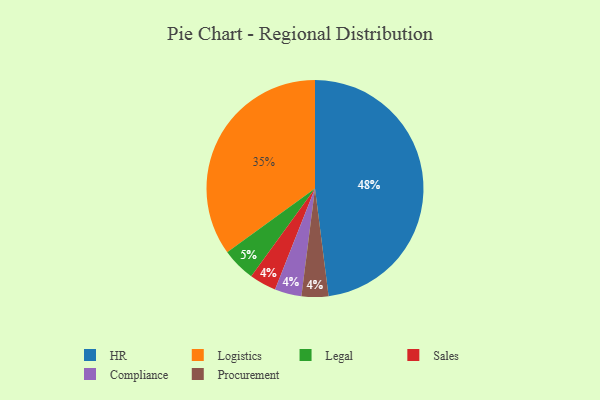
{"axis": {"x": "Category", "y": "Percentage"}, "legend": ["Compliance", "HR", "Legal", "Logistics", "Procurement", "Sales"], "data": [{"x": "HR", "y": 48, "type": "HR"}, {"x": "Sales", "y": 4, "type": "Sales"}, {"x": "Compliance", "y": 4, "type": "Compliance"}, {"x": "Logistics", "y": 35, "type": "Logistics"}, {"x": "Procurement", "y": 4, "type": "Procurement"}, {"x": "Legal", "y": 5, "type": "Legal"}]}